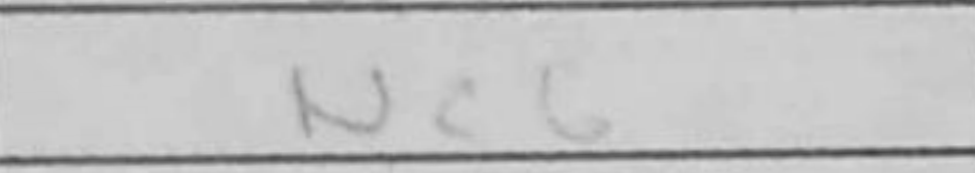
Transcription: Nc6